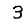
Digit: 3